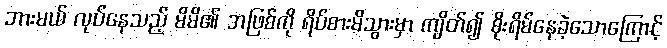
ဘားမယ် လုပ်နေသည့် မိမိ၏ အဖြစ်ကို ရိပ်စားမိသွားမှာ ကျိတ်၍ စိုးရိမ်နေခဲ့သောကြောင့်